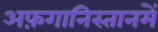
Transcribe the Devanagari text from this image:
अफ़गानिस्तानमें